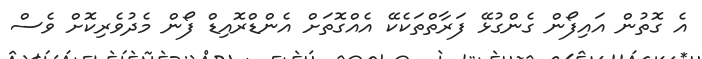
އެ ގޮތުން އައިފޯން ގެންގުޅޭ ފަރާތްތަކެކޭ އެއްގޮތަށް އެންޑްރޮއިޑް ފޯން މެދުވެރިކޮށް ވެސް